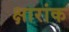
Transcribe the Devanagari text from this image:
क्षारांक